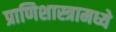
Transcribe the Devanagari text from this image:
प्राणिशास्त्रामध्ये